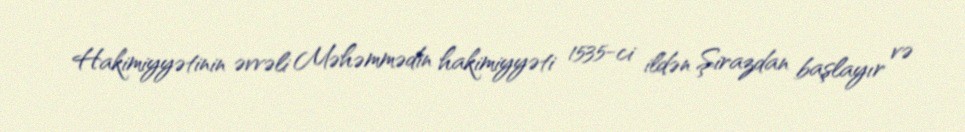
Hakimiyyətinin əvvəli Məhəmmədin hakimiyyəti 1535-ci ildən Şirazdan başlayır və